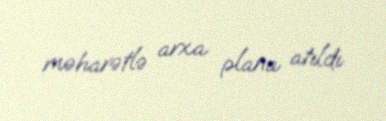
məharətlə arxa plana atıldı.